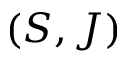
( S , J )